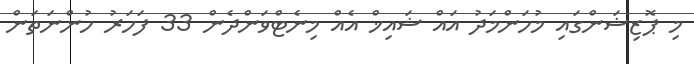
މި ޕޮޒިޝަންގައި މުހަންމަދު އައް ޝައިޚް އެއް މިނެޓްވަންދެން 33 ފަހަރު ހުންނަތަން